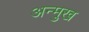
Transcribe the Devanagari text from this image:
अन्मुख